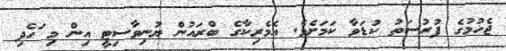
ޖެހުމުގެ ފުރުސަތު ކުޑަވާ ކަމަށެވެ. އެމެރިކާގެ ބްރައުން ޔުނިވާސިޓީ އިން މި ަހެދި